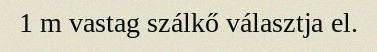
1 m vastag szálkő választja el.